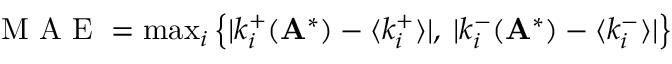
\begin{array} { r } { \mathrm { ~ M ~ A ~ E ~ } = \operatorname* { m a x } _ { i } \left\{ | k _ { i } ^ { + } ( \mathbf A ^ { * } ) - \langle k _ { i } ^ { + } \rangle | , \: | k _ { i } ^ { - } ( \mathbf A ^ { * } ) - \langle k _ { i } ^ { - } \rangle | \right\} } \end{array}